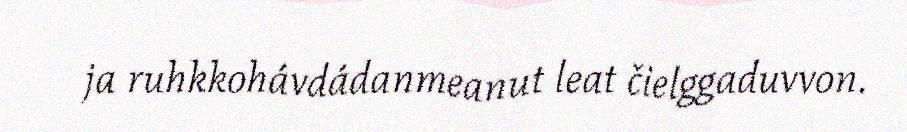
ja ruhkkohávdádanmeanut leat čielggaduvvon.